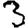
Digit: 3